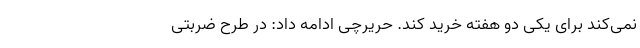
نمی‌کند برای یکی دو هفته خرید کند. حریرچی ادامه داد: در طرح ضربتی